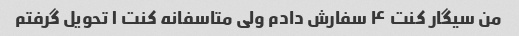
من سیگار کنت ۴ سفارش دادم ولی متاسفانه کنت ۱ تحویل گرفتم